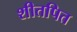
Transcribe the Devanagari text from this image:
शीतपित